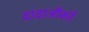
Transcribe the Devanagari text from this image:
दादाजीकडे